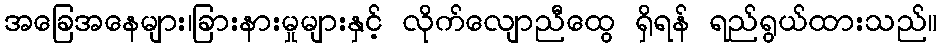
အခြေအနေများ၊ခြားနားမှုများနှင့် လိုက်လျောညီထွေ ရှိရန် ရည်ရွယ်ထားသည်။